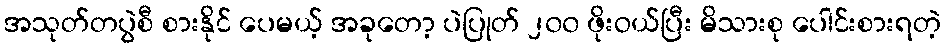
အသုတ်တပွဲစီ စားနိုင် ပေမယ့် အခုတော့ ပဲပြုတ် ၂၀၀ ဖိုးဝယ်ပြီး မိသားစု ပေါင်းစားရတဲ့